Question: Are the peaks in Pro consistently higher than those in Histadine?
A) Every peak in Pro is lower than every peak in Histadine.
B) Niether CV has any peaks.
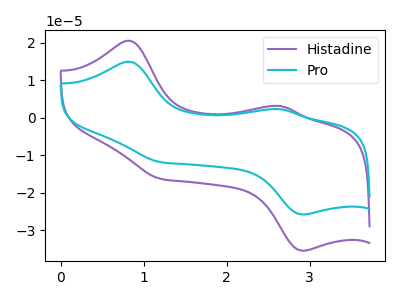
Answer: <think>The purple curve "Histadine" has anodic peaks at (0.80V, 20.55uA) (2.65V, 3.10uA) and cathodic peaks at (1.20V, -16.35uA) (2.90V, -35.55uA). The cyan curve "Pro" has anodic peaks at (0.80V, 14.95uA) (2.65V, 2.25uA) and cathodic peaks at (1.20V, -11.90uA) (2.90V, -25.85uA).</think>
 <answer>A) Every peak in "Pro" is lower than every peak in "Histadine".</answer>
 <eval>A</eval>